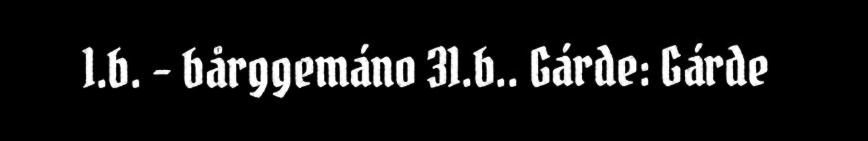
1.b. - bårggemáno 31.b.. Gárde: Gárde